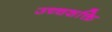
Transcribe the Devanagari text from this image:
उच्‍चशक्ति